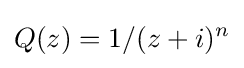
Q(z)=1/(z+i)^{n}